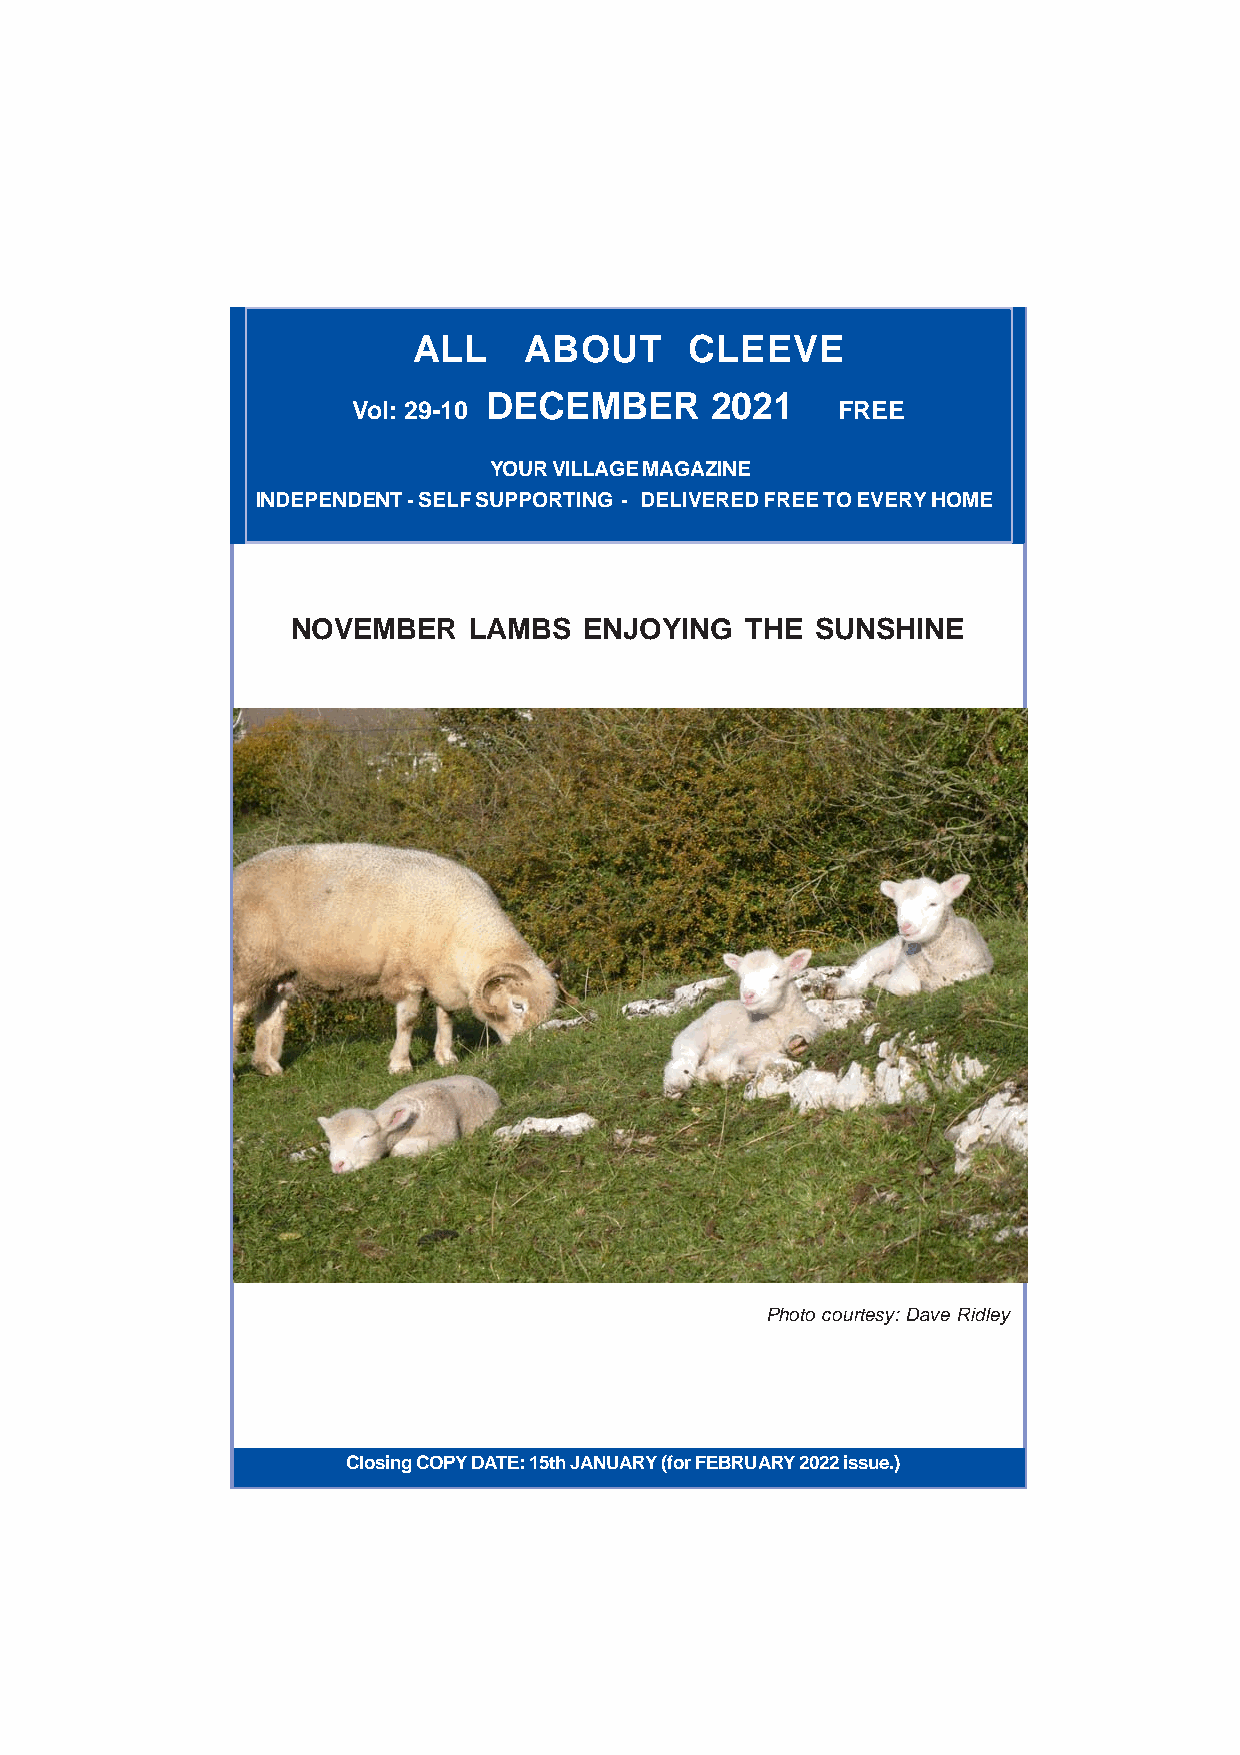
ALL     ABOUT      CLEEVE
 DECEMBER       2021
 Vol: 29-10                      FREE
 YOUR VILLAGE MAGAZINE
 INDEPENDENT - SELF SUPPORTING - DELIVERED FREE TO EVERY HOME
 NOVEMBER    LAMBS   ENJOYING  THE  SUNSHINE
 Photo courtesy: Dave Ridley
 Closing COPY DATE: 15th JANU1ARY (for FEBRUARY 2022 issue.)